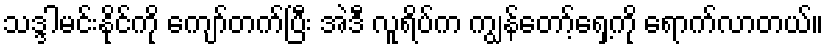
သဒ္ဒါမင်းနိုင်ကို ကျော်တက်ပြီး အဲဒီ လူရိပ်က ကျွန်တော့်ရှေ့ကို ရောက်လာတယ်။